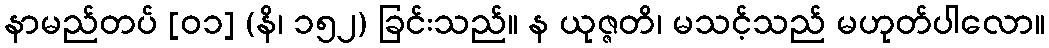
နာမည်တပ် [၀၁] (နိ၊ ၁၅၂) ခြင်းသည်။ န ယုဇ္ဇတိ၊ မသင့်သည် မဟုတ်ပါလော။